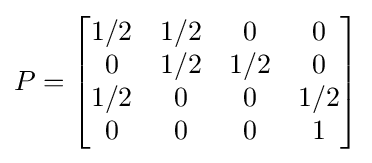
P={\begin{bmatrix}1/2&1/2&0&0\\0&1/2&1/2&0\\1/2&0&0&1/2\\0&0&0&1\end{bmatrix}}